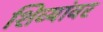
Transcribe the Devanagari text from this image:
शिव्यांवर